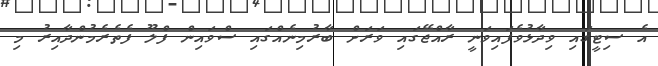
އެ ސިޓީގައި ވިދާޅުވެފައިވަނީ ރާއްޖޭގައި ވަރަށް ބާރުމިނެއްގައި ސްވައިން ފްލޫ ފެތެރެމުންދާއިރު މި